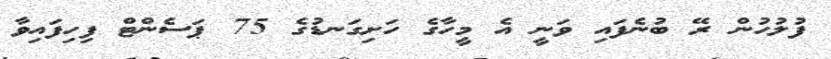
ފުލުހުން ރޭ ބުނެފައި ވަނީ އެ މީހާގެ ހަށިގަނޑުގެ 75 ޕަސެންޓް ފިހިފައިވާ